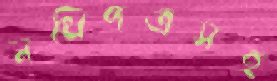
নথিপত্রসহ